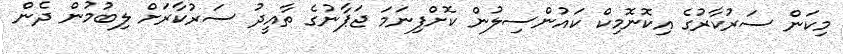
މިކަން ސަރުކާރުގެ އިކޮނޮމިކް ކައުންސިލުން ކޮށްފިނަމަ ޖަޕާނުގެ ތާއީދު ސަރުކާރަށް ލިބުމުން ދެން